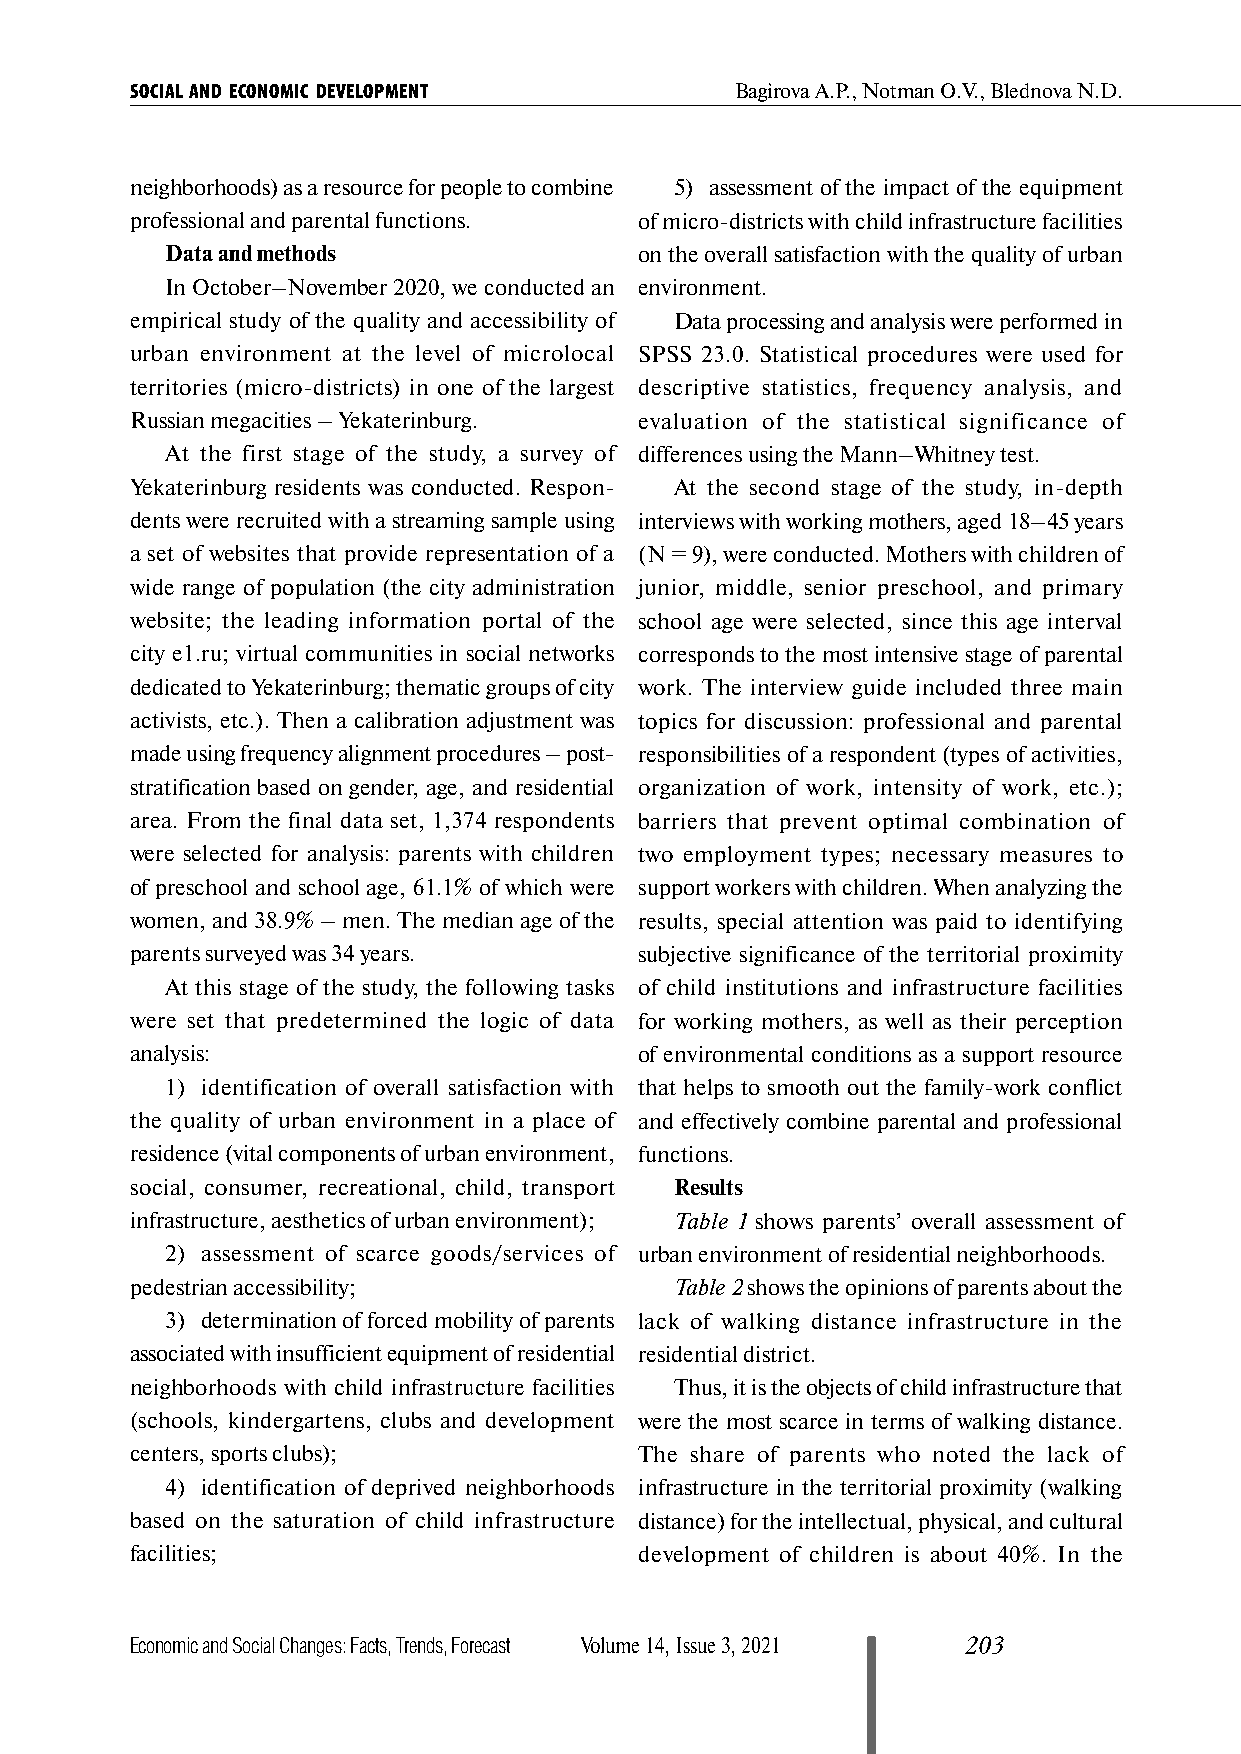
SOCIAL AND ECONOMIC DEVELOPMENT         Bagirova A.P., Notman O.V., Blednova N.D.
 neighborhoods) as a resource for people to combine 5) assessment of the impact of the equipment
 professional and parental functions. of micro-districts with child infrastructure facilities
 Data and methods               on the overall satisfaction with the quality of urban
 In October–November 2020, we conducted an environment.
 empirical study of the quality and accessibility of Data processing and analysis were performed in
 urban environment at the level of microlocal SPSS 23.0. Statistical procedures were used for
 territories (micro-districts) in one of the largest descriptive statistics, frequency analysis, and
 Russian megacities – Yekaterinburg. evaluation of the statistical significance of
 At the first stage of the study, a survey of differences using the Mann–Whitney test.
 Yekaterinburg residents was conducted. Respon- At the second stage of the study, in-depth
 dents were recruited with a streaming sample using interviews with working mothers, aged 18–45 years
 a set of websites that provide representation of a (N = 9), were conducted. Mothers with children of
 wide range of population (the city administration junior, middle, senior preschool, and primary
 website; the leading information portal of the school age were selected, since this age interval
 city е1.ru; virtual communities in social networks corresponds to the most intensive stage of parental
 dedicated to Yekaterinburg; thematic groups of city work. The interview guide included three main
 activists, etc.). Then a calibration adjustment was topics for discussion: professional and parental
 made using frequency alignment procedures – post- responsibilities of a respondent (types of activities,
 stratification based on gender, age, and residential organization of work, intensity of work, etc.);
 area. From the final data set, 1,374 respondents barriers that prevent optimal combination of
 were selected for analysis: parents with children two employment types; necessary measures to
 of preschool and school age, 61.1% of which were support workers with children. When analyzing the
 women, and 38.9% – men. The median age of the results, special attention was paid to identifying
 parents surveyed was 34 years.   subjective significance of the territorial proximity
 At this stage of the study, the following tasks of child institutions and infrastructure facilities
 were set that predetermined the logic of data for working mothers, as well as their perception
 analysis:                        of environmental conditions as a support resource
 1) identification of overall satisfaction with that helps to smooth out the family-work conflict
 the quality of urban environment in a place of and effectively combine parental and professional
 residence (vital components of urban environment, functions.
 social, consumer, recreational, child, transport Results
 infra structure, aesthetics of urban environment); Table 1 shows parents’ overall assessment of
 2) assessment of scarce goods/services of urban environment of residential neighborhoods.
 pedestrian accessibility;           Table 2 shows the opinions of parents about the
 3) determination of forced mobility of parents lack of walking distance infrastructure in the
 associated with insufficient equipment of residential residential district.
 neighborhoods with child infrastructure facilities Thus, it is the objects of child infrastructure that
 (schools, kindergartens, clubs and development were the most scarce in terms of walking distance.
 centers, sports clubs);          The share of parents who noted the lack of
 4) identification of deprived neighborhoods infrastructure in the territorial proximity (walking
 based on the saturation of child infrastructure distance) for the intellectual, physical, and cultural
 facilities;                      development of children is about 40%. In the
 Economic and Social Changes: Facts, Trends, Forecast Volume 14, Issue 3, 2021 203